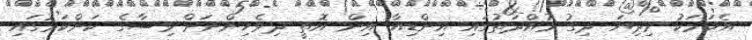
އެކަމަކު މިދިޔަ ދިގު މުއްދަތުގައި އިންޑިއާ އިން އޮތީ ދިވެހިންނަށް ވިސާގެ ކަންކަމުގައި